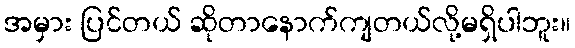
အမှား ပြင်တယ် ဆိုတာနောက်ကျတယ်လို့မရှိပါဘူး။